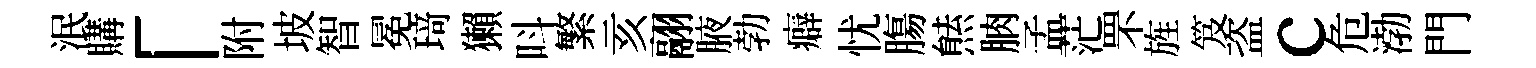
泯購「附坡智冕𤦺獺呌繁亥翮腋勃癖忧膓㷱朒孟茫罘旌笈盗c危渤門